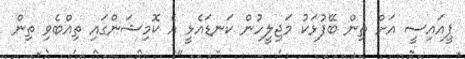
ޕީއައިސީ އަށް ތިން ބޭފުޅަކު މަޖިލީހުން ކަނޑައެޅީ އެ ކޮމިޝަންގައި ތިއްބެވި ތިން